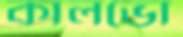
কালভো